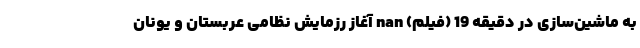
به ماشین‌سازی در دقیقه 19 (فیلم) nan آغاز رزمایش نظامی عربستان و یونان